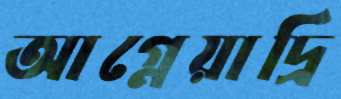
আগ্নেয়াদ্রি